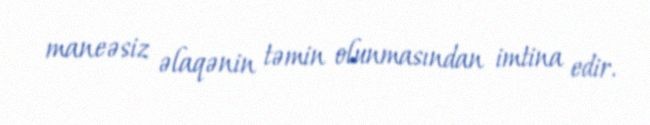
maneəsiz əlaqənin təmin olunmasından imtina edir.